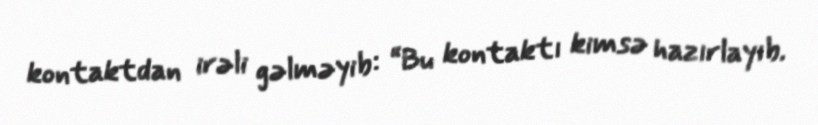
kontaktdan irəli gəlməyib: “Bu kontaktı kimsə hazırlayıb.